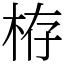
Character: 栫